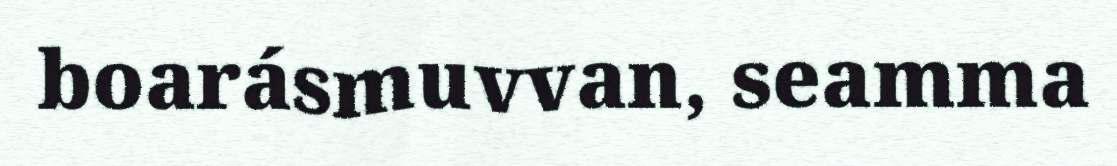
boarásmuvvan, seamma